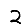
Digit: 2